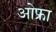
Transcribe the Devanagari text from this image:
ओफ्रा